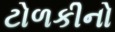
ટોળકીનો